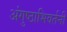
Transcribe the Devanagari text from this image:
अंगुष्ठाभिवर्तनी